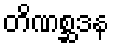
တိဏစ္ဆဒန